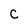
Character: C